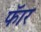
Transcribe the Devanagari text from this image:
फॅार